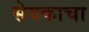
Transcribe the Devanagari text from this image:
सेवकाचा